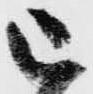
被